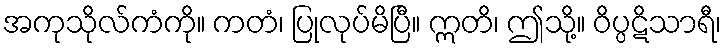
အကုသိုလ်ကံကို။ ကတံ၊ ပြုလုပ်မိပြီ။ ဣတိ၊ ဤသို့။ ဝိပ္ပဋိသာရီ၊